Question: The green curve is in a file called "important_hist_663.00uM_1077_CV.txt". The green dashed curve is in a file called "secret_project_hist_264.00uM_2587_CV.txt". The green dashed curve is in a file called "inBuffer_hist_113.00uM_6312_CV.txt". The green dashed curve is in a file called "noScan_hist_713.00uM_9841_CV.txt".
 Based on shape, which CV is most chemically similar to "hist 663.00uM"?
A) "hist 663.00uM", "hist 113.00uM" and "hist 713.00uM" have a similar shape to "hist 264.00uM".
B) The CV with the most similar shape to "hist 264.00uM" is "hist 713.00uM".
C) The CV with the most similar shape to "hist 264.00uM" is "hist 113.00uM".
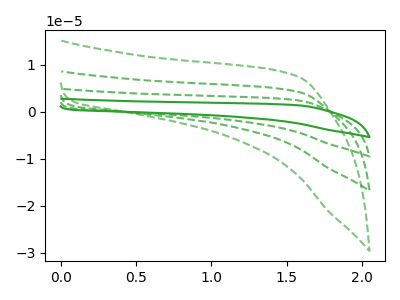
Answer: <think>The green curve "hist 663.00uM" has no peaks. The green dashed curve "hist 264.00uM" has no peaks. The green dashed curve "hist 113.00uM" has no peaks. The green dashed curve "hist 713.00uM" has no peaks.
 Neither "hist 663.00uM" or "hist 264.00uM" have any peaks. Neither "hist 663.00uM" or "hist 113.00uM" have any peaks. Neither "hist 663.00uM" or "hist 713.00uM" have any peaks. Neither "hist 264.00uM" or "hist 113.00uM" have any peaks. Neither "hist 264.00uM" or "hist 713.00uM" have any peaks. Neither "hist 113.00uM" or "hist 713.00uM" have any peaks.</think>
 <answer>A) "hist 663.00uM", "hist 113.00uM" and "hist 713.00uM" have a similar shape to "hist 264.00uM".</answer>
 <eval>A</eval>